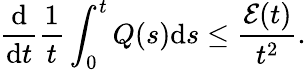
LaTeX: \frac{\mathrm{d}}{\mathrm{d}t}\frac{1}{t}\int_{0}^{t}Q(s)\mathrm{d}s\leq\frac{\mathcal{E}(t)}{t^{2}}.